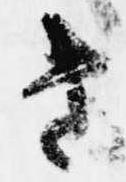
き